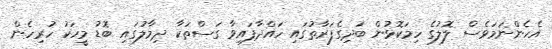
އެހެންނަމަވެސް ލޮލުގެ ހިމަކޮޅުން ބަދިގެފަރާތުގައި ހައްދާފައިވާ ގަސްތަކާ ދިމާލުގައި ބޮޑު މީހަކު ހުރިހެން